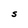
Character: S